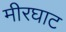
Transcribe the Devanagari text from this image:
मीरघाट